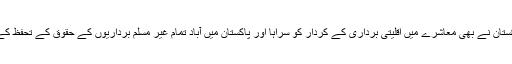
اس دن کی مناسبت سے وزیراعظم پاکستان نے بھی معاشرے میں اقلیتی برداری کے کردار کو سراہا اور پاکستان میں آباد تمام غیر مسلم برداریوں کے حقوق کے تحفظ کے لیے حکومت کے عزم کا اظہار کیا۔